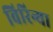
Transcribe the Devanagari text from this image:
विरिन्या